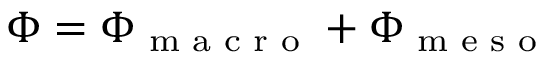
\Phi = \Phi _ { \textup { m a c r o } } + \Phi _ { \textup { m e s o } }